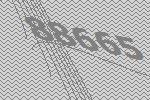
88665